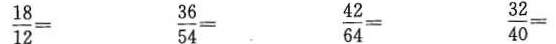
$$\frac{18}{12}=$$ $$\frac{36}{54}=$$